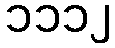
၁၁၁၂